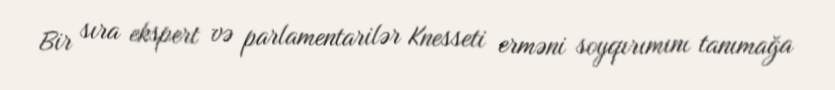
Bir sıra ekspert və parlamentarilər Knesseti erməni soyqırımını tanımağa